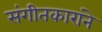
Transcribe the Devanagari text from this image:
संगीतकारांने